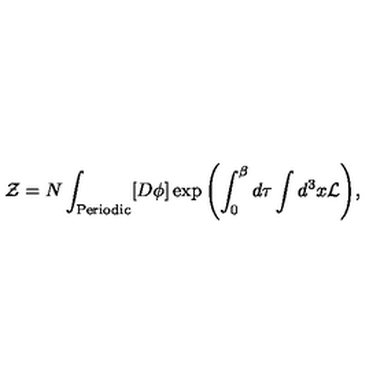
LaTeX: { \cal Z } = N \int _ { \mathrm { \tiny P e r i o d i c } } [ D \phi ] \exp { \left( \int _ { 0 } ^ { \beta } d \tau \int d ^ { 3 } x { \cal L } \right) } ,